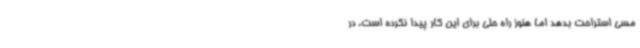
مسی استراحت بدهد اما هنوز راه حلی برای این کار پیدا نکرده است. در